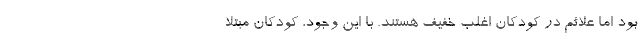
بود اما علائم در کودکان اغلب خفیف هستند. با این وجود، کودکان مبتلا